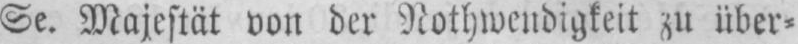
Se. Majestät von der Nothwendigkeit zu über⸗